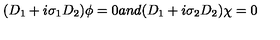
( D _ { 1 } + i \sigma _ { 1 } D _ { 2 } ) \phi = 0 a n d ( D _ { 1 } + i \sigma _ { 2 } D _ { 2 } ) \chi = 0